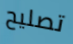
تصليح